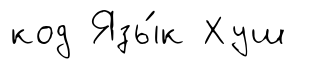
код Язы́к Хуш